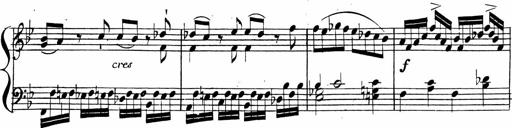
Title: 2 Piano Sonatinas
Composer: Ferdinand Ries